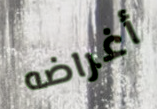
أغراضه